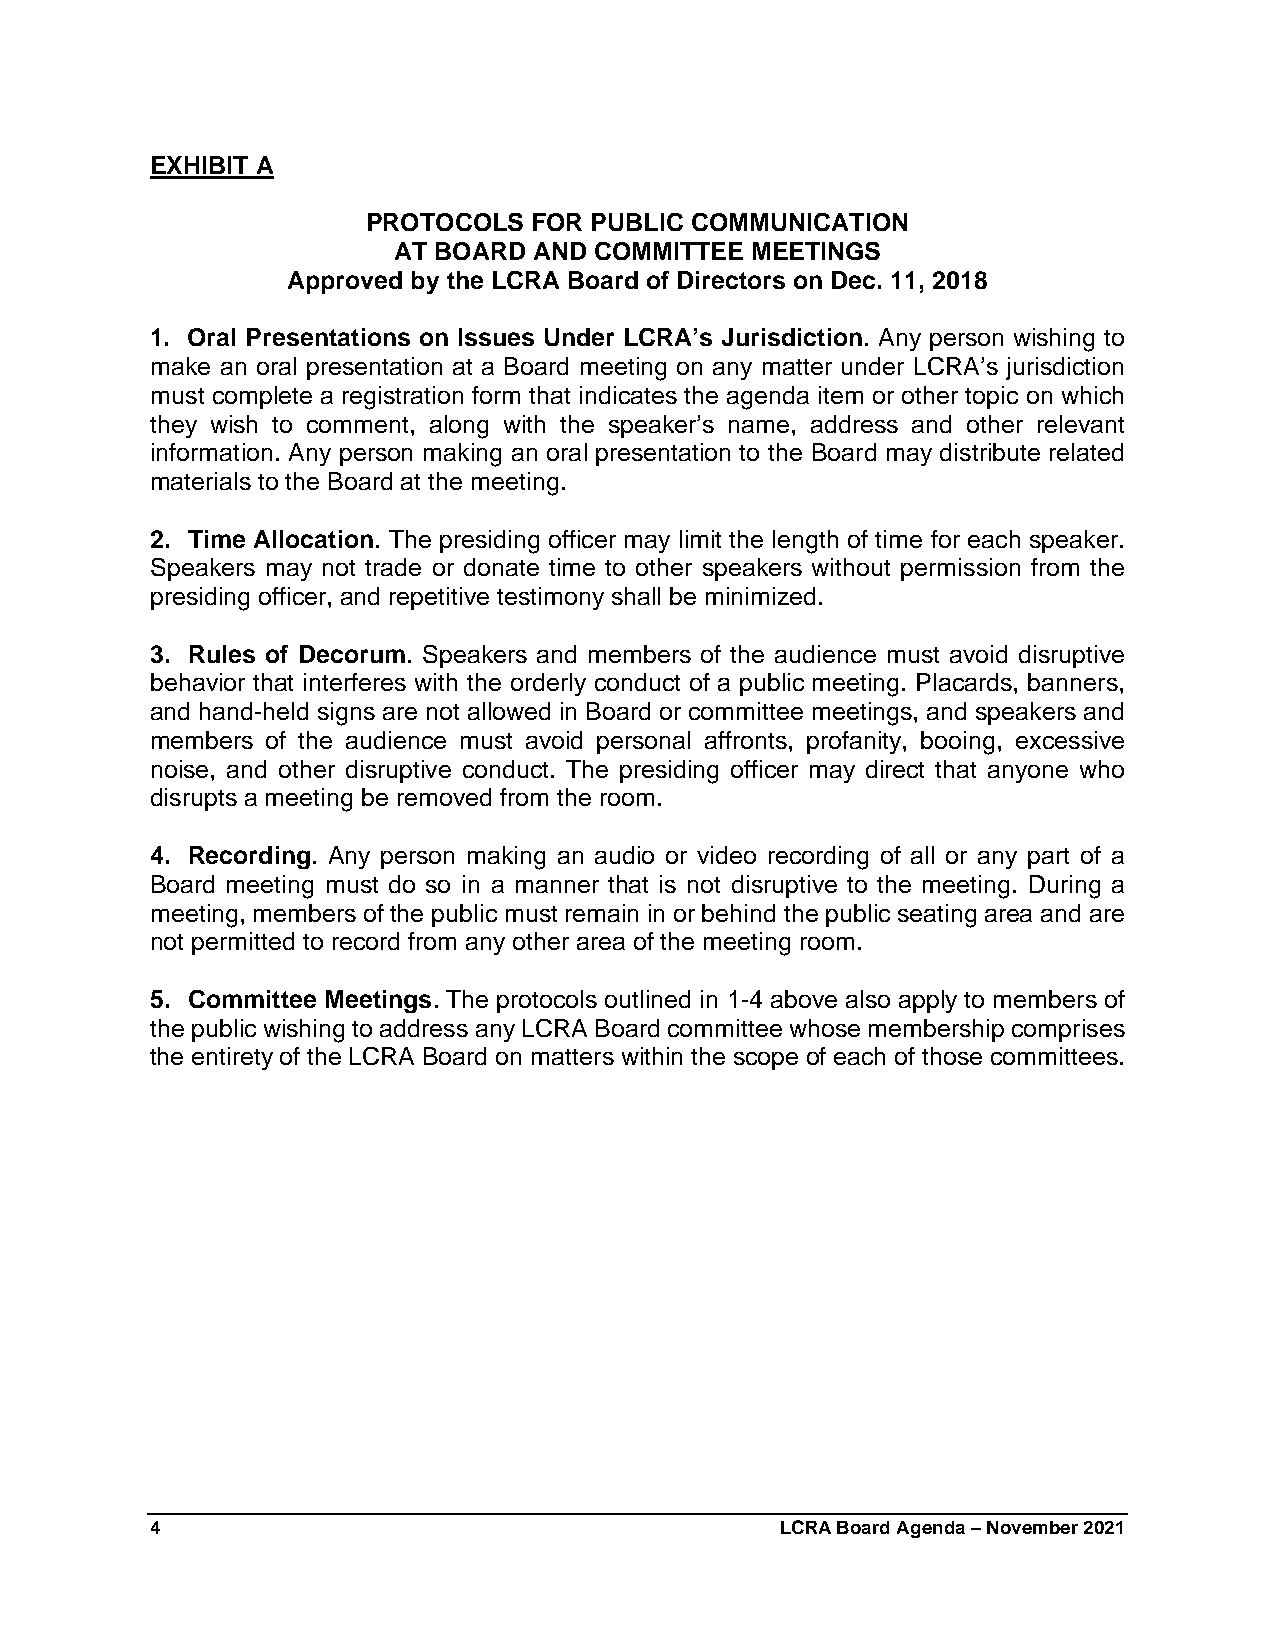
EXHIBIT A
 PROTOCOLS  FOR PUBLIC COMMUNICATION
 AT BOARD AND COMMITTEE  MEETINGS
 Approved by the LCRA Board of Directors on Dec. 11, 2018
 1. Oral Presentations on Issues Under LCRA’s Jurisdiction. Any person wishing to
 make an oral presentation at a Board meeting on any matter under LCRA’s jurisdiction
 must complete a registration form that indicates the agenda item or other topic on which
 they wish to comment, along with the speaker’s name, address and other relevant
 information. Any person making an oral presentation to the Board may distribute related
 materials to the Board at the meeting.
 2. Time Allocation. The presiding officer may limit the length of time for each speaker.
 Speakers may not trade or donate time to other speakers without permission from the
 presiding officer, and repetitive testimony shall be minimized.
 3. Rules of Decorum. Speakers and members of the audience must avoid disruptive
 behavior that interferes with the orderly conduct of a public meeting. Placards, banners,
 and hand-held signs are not allowed in Board or committee meetings, and speakers and
 members of the audience must avoid personal affronts, profanity, booing, excessive
 noise, and other disruptive conduct. The presiding officer may direct that anyone who
 disrupts a meeting be removed from the room.
 4. Recording. Any person making an audio or video recording of all or any part of a
 Board meeting must do so in a manner that is not disruptive to the meeting. During a
 meeting, members of the public must remain in or behind the public seating area and are
 not permitted to record from any other area of the meeting room.
 5. Committee Meetings. The protocols outlined in 1-4 above also apply to members of
 the public wishing to address any LCRA Board committee whose membership comprises
 the entirety of the LCRA Board on matters within the scope of each of those committees.
 4                                         LCRA Board Agenda – November 2021